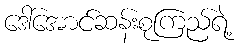
ဒေါ်အောင်ဆန်းစုကြည်ရဲ့